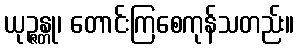
ယုဉ္ဇန္တု၊ တောင်းကြစေကုန်သတည်း။